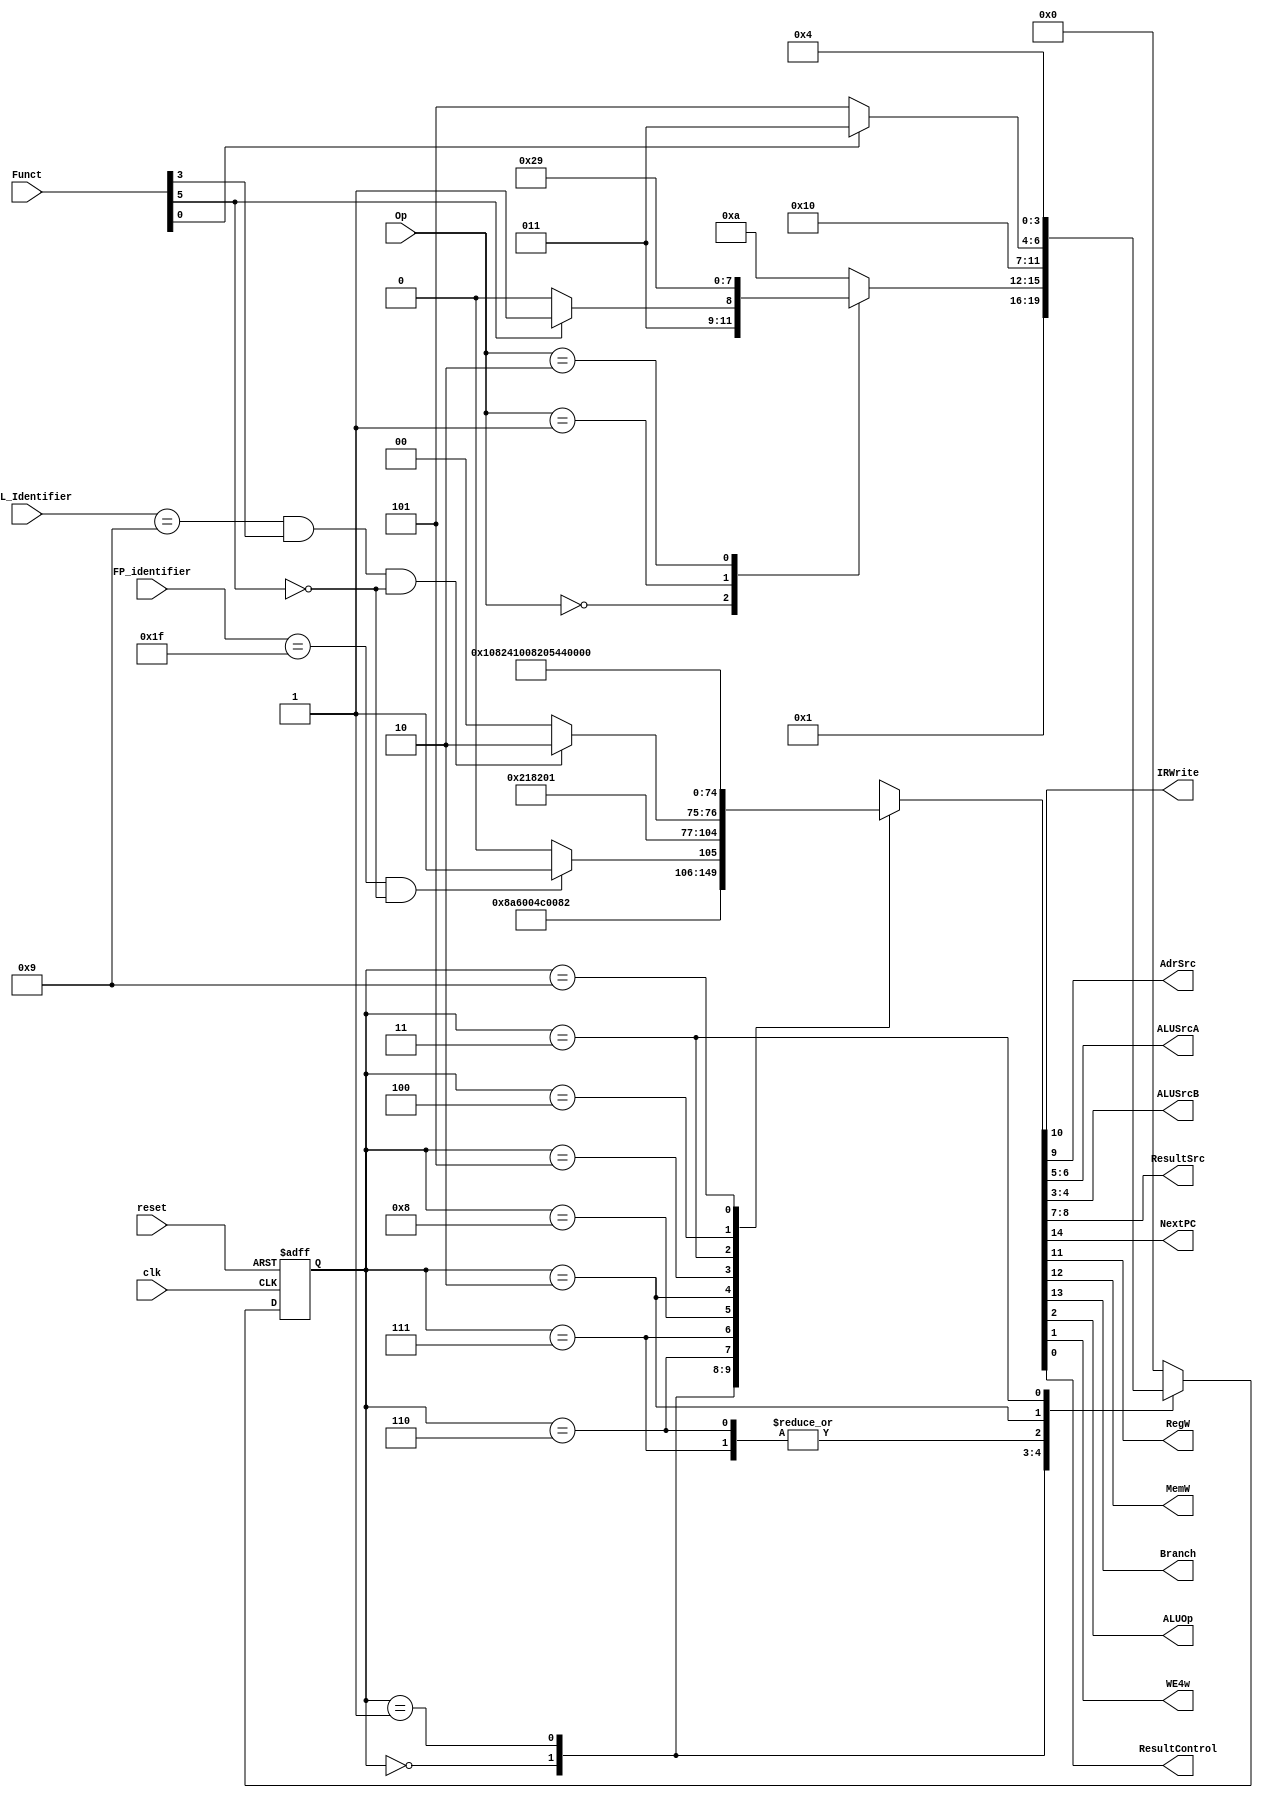
module mainfsm (
    clk,
    reset,
    Op,
    Funct,
    IRWrite,
    AdrSrc,
    ALUSrcA,
    ALUSrcB,
    ResultSrc,
    NextPC,
    RegW,
    MemW,
    Branch,
    ALUOp,
    MULL_Identifier,
    WE4w,
    ResultControl,
    FP_identifier
);
    input wire clk;
    input wire reset;
    input wire [1:0] Op;
    input wire [5:0] Funct;
    output wire IRWrite;
    output wire AdrSrc;
    output wire [1:0] ALUSrcA;
    output wire [1:0] ALUSrcB;
    output wire [1:0] ResultSrc;
    output wire NextPC;
    output wire RegW;
    output wire MemW;
    output wire Branch;
    output wire ALUOp;
    reg [3:0] state;
    reg [3:0] nextstate;
    reg [14:0] controls;
    localparam [3:0] FETCH = 0;
    localparam [3:0] BRANCH = 9;
    localparam [3:0] DECODE = 1;
    localparam [3:0] EXECUTEI = 7;
    localparam [3:0] EXECUTER = 6;
    localparam [3:0] MEMADR = 2;
    localparam [3:0] UNKNOWN = 10;
    localparam [3:0] ALUWB = 8;
    localparam [3:0] MEMRD = 3;
    localparam [3:0] MEMWR = 5;
    localparam [3:0] MEMWB = 4;

    //nuevo

    input wire [3:0] MULL_Identifier;
    output wire WE4w;
    output wire ResultControl;
    input wire [4:0] FP_identifier;

    

    // state register
    always @(posedge clk or posedge reset)
        if (reset)
            state <= FETCH;
        else
            state <= nextstate;
    

    // ADD CODE BELOW
    // Finish entering the next state logic below.  We've completed the 
    // first two states, FETCH and DECODE, for you.

    // next state logic
    always @(*)
        casex (state)
            FETCH: nextstate = DECODE;
            DECODE:
                case (Op)
                    2'b00:
                        if (Funct[5])
                            nextstate = EXECUTEI;
                        else
                            nextstate = EXECUTER;
                    2'b01: nextstate = MEMADR;
                    2'b10: nextstate = BRANCH;
                    default: nextstate = UNKNOWN;
                endcase
            EXECUTER:
                nextstate = ALUWB;
            EXECUTEI:
                nextstate = ALUWB;
            MEMADR:
                if(Funct[0])
                    nextstate=MEMRD;
                else
                    nextstate=MEMWR;
            MEMRD:
                nextstate=MEMWB;
            
            default: nextstate = FETCH;
        endcase

    // ADD CODE BELOW
    // Finish entering the output logic below.  We've entered the
    // output logic for the first two states, FETCH and DECODE, for you.

    // state-dependent output logic

    //NUEVO: se anadio un bit
    always @(*)
        case (state)
            FETCH: controls = 15'b100010100110000;
            DECODE: controls = 15'b000000100110000;
            // 0 0 0 0 0 0 10 01 10 0;
            EXECUTER: 
            if(FP_identifier == 5'b 11111 & !Funct[5] )
                controls = 15'b000000100000101;
            else
                controls = 15'b000000100000100;
            // 0 0 0 0 0 0 10 00 00 1;
            EXECUTEI: controls = 15'b000000100001100;
            // 0 0 0 0 0 0 10 00 01 1;
            ALUWB: 
                if(MULL_Identifier== 4'b1001 & Funct[3] & !Funct[5])
                    controls = 15'b000100000000110;
                else
                    controls = 15'b000100000000100;
            // 0 0 0 0 0 0 10 00 00 1;
            MEMADR: controls = 15'b000000100001000;
            // 0 0 0 0 0 0 10 00 01 0;
            MEMWR: controls =  15'b001001000001000;
            //0 0 1 0 0 1 00 00 01 0;
            MEMRD: controls = 15'b000001000001000;

            MEMWB: controls = 15'b000101010001000;
            // 0 0 0 0 0 1 00 00 01 0;

            BRANCH: controls = 15'b010000101001000;
            // 0 0 0 0 0 0 10 01 10 0;

            default: controls = 15'bxxxxxxxxxxxxxxx;
        endcase
    assign {NextPC, Branch, MemW, RegW, IRWrite, AdrSrc, ResultSrc, ALUSrcA, ALUSrcB, ALUOp, WE4w,ResultControl} = controls;
endmodule